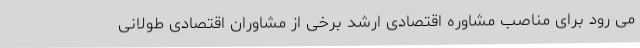
می رود برای مناصب مشاوره اقتصادی ارشد برخی از مشاوران اقتصادی طولانی